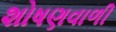
શોષણવાળી